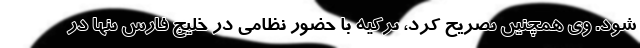
شود. وی همچنین تصریح کرد، ترکیه با حضور نظامی در خلیج فارس تنها در